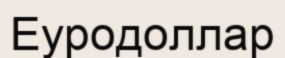
Еуродоллар